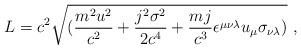
LaTeX: \begin{align*}L=c^2\sqrt{({{m^2u^2}\over{c^2}}+{{j^2\sigma^2}\over{2c^4}}+{{mj}\over{c^3}}\epsilon^{\mu\nu\lambda}u_\mu\sigma_{\nu\lambda})}~,\end{align*}